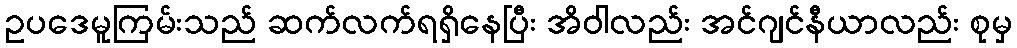
ဥပဒေမူကြမ်းသည် ဆက်လက်ရရှိနေပြီး အိဝါလည်း အင်ဂျင်နီယာလည်း စုမှ